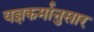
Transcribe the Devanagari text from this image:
यज्ञकर्मानुसार